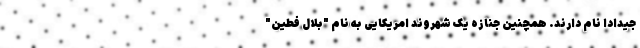
جیدادا نام دارند. همچنین جنازه یک شهروند امریکایی به نام "بلال فطین"